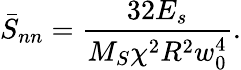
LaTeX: \bar{S}_{nn}=\frac{32E_{s}}{M_{S}\chi^{2}R^{2}w_{0}^{4}}.